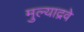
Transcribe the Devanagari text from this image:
मुल्याद्रवे